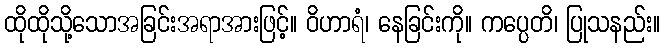
ထိုထိုသို့သောအခြင်းအရာအားဖြင့်။ ဝိဟာရံ၊ နေခြင်းကို။ ကပ္ပေတိ၊ ပြုသနည်း။